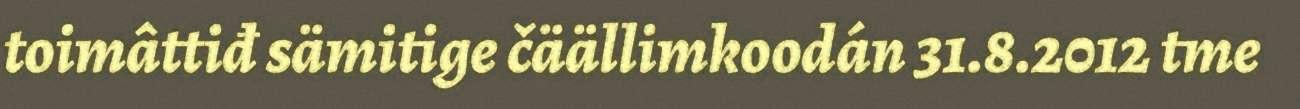
toimâttiđ sämitige čäällimkoodán 31.8.2012 tme